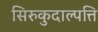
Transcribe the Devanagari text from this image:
सिरुकुदाल्पत्ति